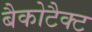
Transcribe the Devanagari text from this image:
बैकोटैक्ट